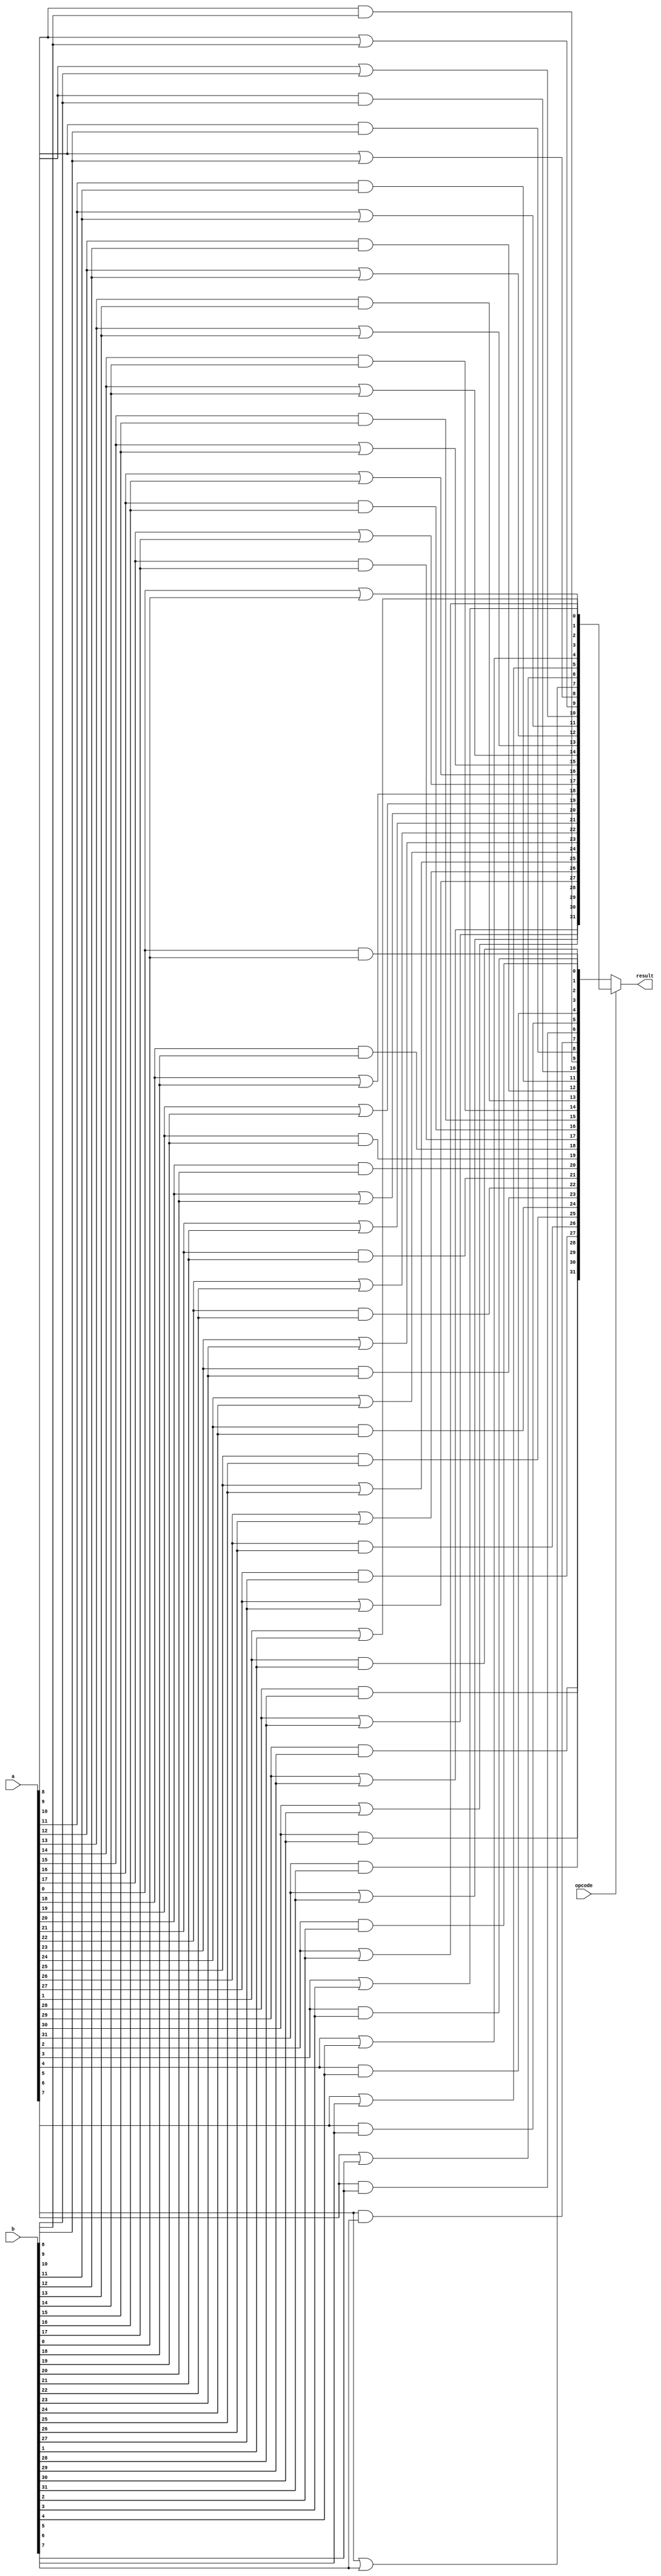
module bitwise_logic(a, b, opcode, result);
		input [31:0] a, b;
		input opcode;
		output [31:0] result;
		
		wire [31:0] result_and, result_or;
		
		genvar i;
		generate
			for(i=0;i<32;i=i+1) begin: AND
				and(result_and[i], a[i], b[i]);
			end
		endgenerate
		
		generate
			for(i=0;i<32;i=i+1) begin: OR
				or(result_or[i], a[i], b[i]);
			end
		endgenerate
		
		assign result = opcode ? result_or : result_and;
		
endmodule